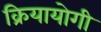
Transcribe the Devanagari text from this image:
क्रियायोगी